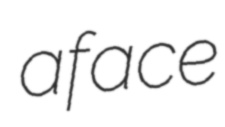
aface